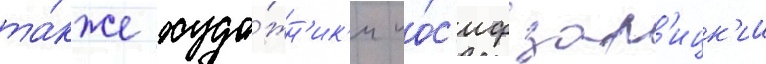
та́кже худо́жн'ик'и ио́с'иф зар'ицк'ии